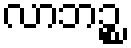
လာဘဉ္စ